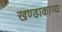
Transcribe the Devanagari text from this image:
खण्डाकाव्य